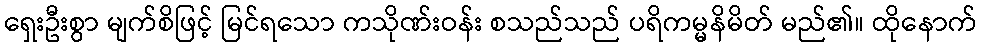
ရှေးဦးစွာ မျက်စိဖြင့် မြင်ရသော ကသိုဏ်းဝန်း စသည်သည် ပရိကမ္မနိမိတ် မည်၏။ ထိုနောက်